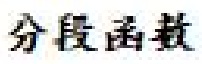
分段函数